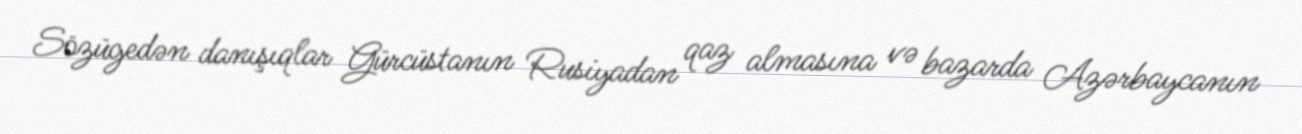
Sözügedən danışıqlar Gürcüstanın Rusiyadan qaz almasına və bazarda Azərbaycanın